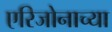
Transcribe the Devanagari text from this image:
एरिजोनाच्या